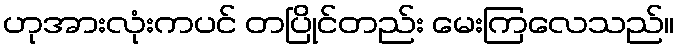
ဟုအားလုံးကပင် တပြိုင်တည်း မေးကြလေသည်။